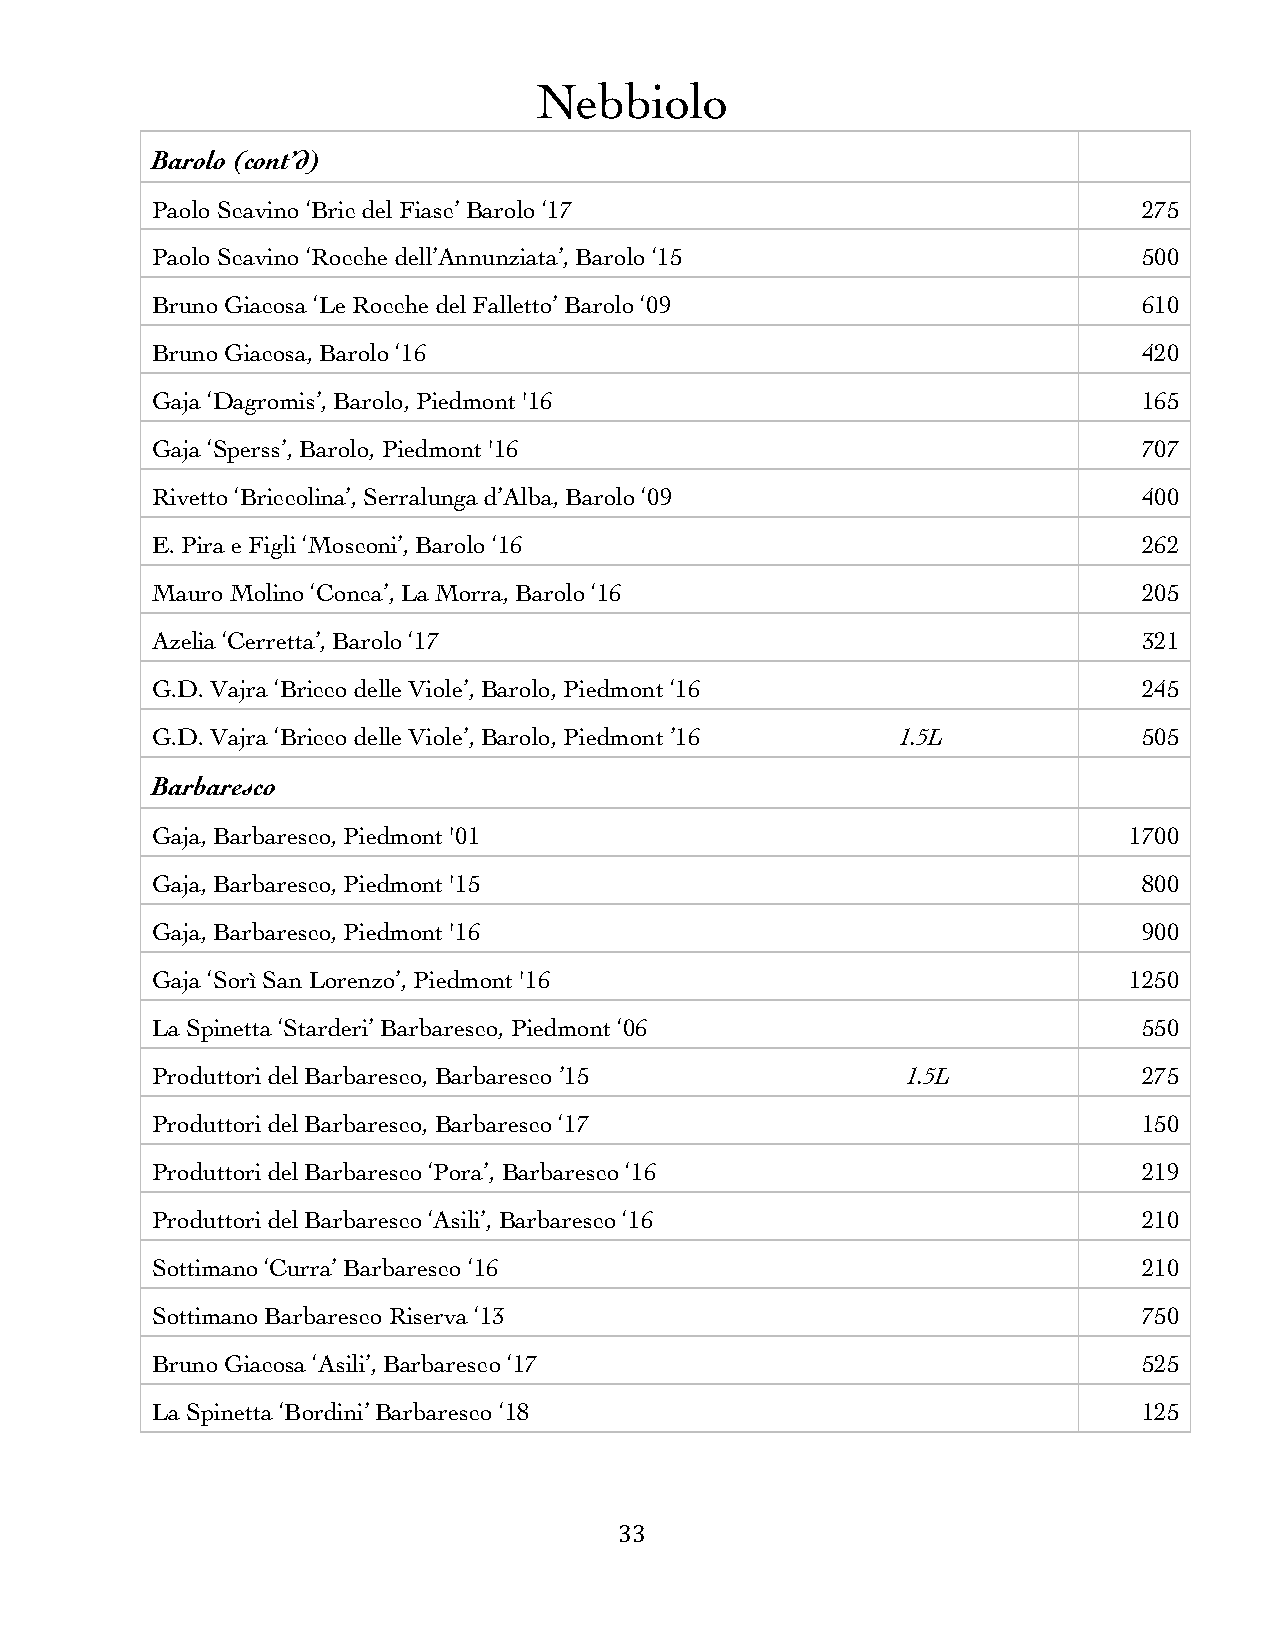
Nebbiolo
 Barolo (cont’d)
 Paolo Scavino ‘Bric del Fiasc’ Barolo ‘17                         275
 Paolo Scavino ‘Rocche dell’Annunziata’, Barolo ‘15                500
 Bruno Giacosa ‘Le Rocche del Falletto’ Barolo ‘09                 610
 Bruno Giacosa, Barolo ‘16                                         420
 Gaja ‘Dagromis’, Barolo, Piedmont '16                             165
 Gaja ‘Sperss’, Barolo, Piedmont '16                               707
 Rivetto ‘Briccolina’, Serralunga d’Alba, Barolo ‘09               400
 E. Pira e Figli ‘Mosconi’, Barolo ‘16                             262
 Mauro Molino ‘Conca’, La Morra, Barolo ‘16                        205
 Azelia ‘Cerretta’, Barolo ‘17                                     321
 G.D. Vajra ‘Bricco delle Viole’, Barolo, Piedmont ‘16             245
 G.D. Vajra ‘Bricco delle Viole’, Barolo, Piedmont ’16 1.5L        505
 Barbaresco
 Gaja, Barbaresco, Piedmont '01                                   1700
 Gaja, Barbaresco, Piedmont '15                                    800
 Gaja, Barbaresco, Piedmont '16                                    900
 Gaja ‘Sorì San Lorenzo’, Piedmont '16                            1250
 La Spinetta ‘Starderi’ Barbaresco, Piedmont ‘06                   550
 Produttori del Barbaresco, Barbaresco ’15         1.5L            275
 Produttori del Barbaresco, Barbaresco ‘17                         150
 Produttori del Barbaresco ‘Pora’, Barbaresco ‘16                  219
 Produttori del Barbaresco ‘Asili’, Barbaresco ‘16                 210
 Sottimano ‘Curra’ Barbaresco ‘16                                  210
 Sottimano Barbaresco Riserva ‘13                                  750
 Bruno Giacosa ‘Asili’, Barbaresco ‘17                             525
 La Spinetta ‘Bordini’ Barbaresco ‘18                              125
 33